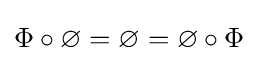
\Phi \circ \varnothing =\varnothing =\varnothing \circ \Phi